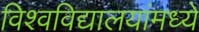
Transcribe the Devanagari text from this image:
विश्वविद्यालयांमध्ये